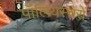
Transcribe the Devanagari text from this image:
पॉलियेस्चरों